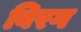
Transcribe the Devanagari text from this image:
बिरग